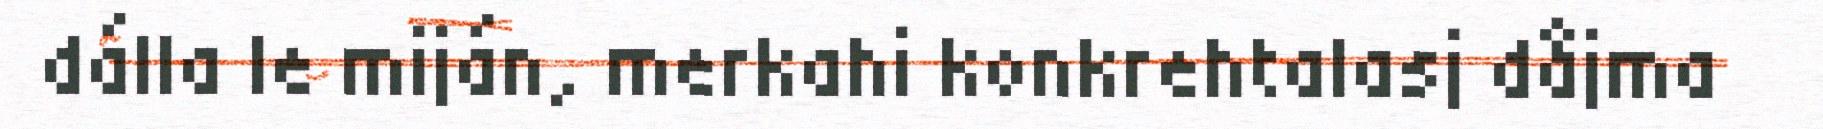
dálla le miján, merkahi konkrehtalasj dåjma